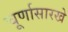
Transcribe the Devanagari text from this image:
चूर्णासारखे